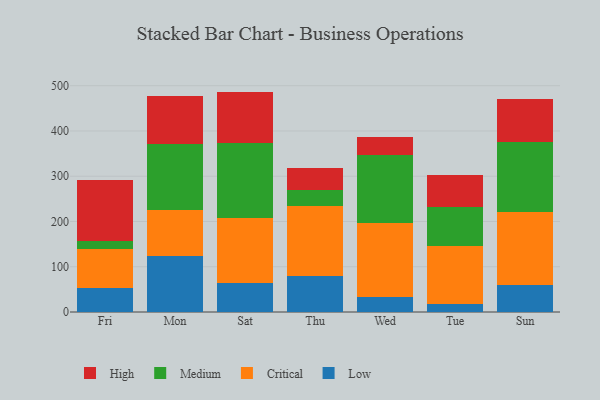
{"axis": {"x": "Day", "y": "Operating Costs (USD K)"}, "legend": ["Critical", "High", "Low", "Medium"], "data": [{"x": "Fri", "y": 53.9, "type": "Low"}, {"x": "Fri", "y": 86.3, "type": "Critical"}, {"x": "Fri", "y": 16.2, "type": "Medium"}, {"x": "Fri", "y": 135.9, "type": "High"}, {"x": "Mon", "y": 123.1, "type": "Low"}, {"x": "Mon", "y": 103.1, "type": "Critical"}, {"x": "Mon", "y": 144.6, "type": "Medium"}, {"x": "Mon", "y": 105.9, "type": "High"}, {"x": "Sat", "y": 63.4, "type": "Low"}, {"x": "Sat", "y": 144.6, "type": "Critical"}, {"x": "Sat", "y": 166.2, "type": "Medium"}, {"x": "Sat", "y": 112.8, "type": "High"}, {"x": "Thu", "y": 80.2, "type": "Low"}, {"x": "Thu", "y": 153.4, "type": "Critical"}, {"x": "Thu", "y": 35.0, "type": "Medium"}, {"x": "Thu", "y": 49.6, "type": "High"}, {"x": "Wed", "y": 32.7, "type": "Low"}, {"x": "Wed", "y": 164.0, "type": "Critical"}, {"x": "Wed", "y": 150.0, "type": "Medium"}, {"x": "Wed", "y": 40.3, "type": "High"}, {"x": "Tue", "y": 18.5, "type": "Low"}, {"x": "Tue", "y": 127.7, "type": "Critical"}, {"x": "Tue", "y": 85.2, "type": "Medium"}, {"x": "Tue", "y": 72.4, "type": "High"}, {"x": "Sun", "y": 58.9, "type": "Low"}, {"x": "Sun", "y": 162.9, "type": "Critical"}, {"x": "Sun", "y": 154.7, "type": "Medium"}, {"x": "Sun", "y": 94.9, "type": "High"}]}